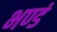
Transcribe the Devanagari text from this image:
भण्डं